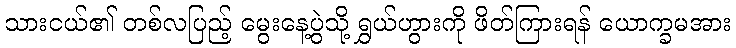
သားငယ်၏ တစ်လပြည့် မွေးနေ့ပွဲသို့ ရွှယ်ဟွားကို ဖိတ်ကြားရန် ယောက္ခမအား